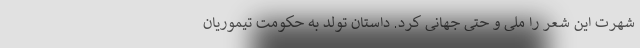
شهرت این شعر را ملی و حتی جهانی کرد. داستان تولد به حکومت تیموریان